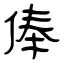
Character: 俸